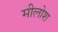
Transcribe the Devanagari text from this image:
मीलोश